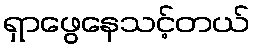
ရှာဖွေနေသင့်တယ်